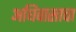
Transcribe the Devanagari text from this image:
अधिवासाचा